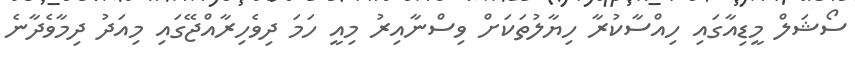
ސޯޝަލް މީޑިއާގައި ހިއްސާކުރާ ހިޔާލުތަކަށް ވިސްނާއިރު މިއީ ހަމަ ދިވެހިރާއްޖޭގައި މިއަދު ދިމާވެދާނެ